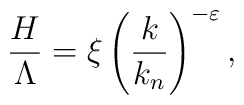
{\frac{H}{\Lambda }}=\xi \left( {\frac{k}{k_{n}}}\right) ^{-\varepsilon },